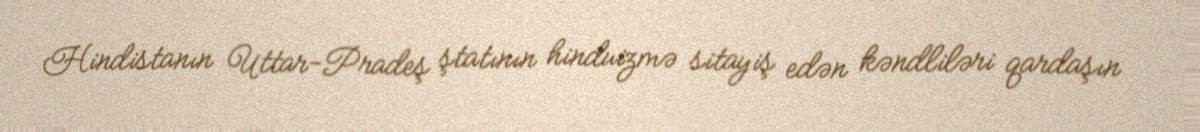
Hindistanın Uttar-Pradeş ştatının hinduizmə sitayiş edən kəndliləri qardaşın